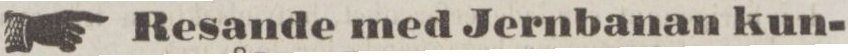
Resande med Jernbanan kun-